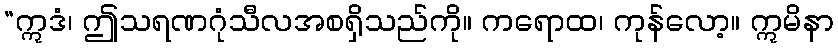
“ဣဒံ၊ ဤသရဏဂုံသီလအစရှိသည်ကို။ ကရောထ၊ ကုန်လော့။ ဣမိနာ